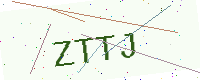
Text: ZTTJ